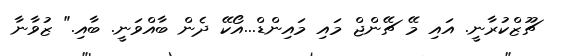
ޗޫޒްކުރާނީ. އައި މޭ ޗޭންޖް މައި މައިންޑް...އޯކޭ ދެން ބާއްވަނީ. ބާއި." ޒުވާނާ